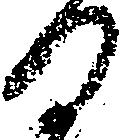
ひ